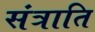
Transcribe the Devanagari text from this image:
संत्राति